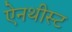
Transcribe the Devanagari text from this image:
ऐनथीस्ट